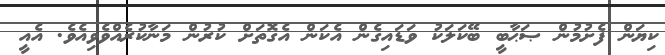
ކިޔަން ފެށުމުން ޞަޙާބީ ބޭކަލަކު ވަޑައިގެން އެކަން އެގޮތަށް ކުރުން މަނާކުރެއްވެވިއެވެ. އެއީ